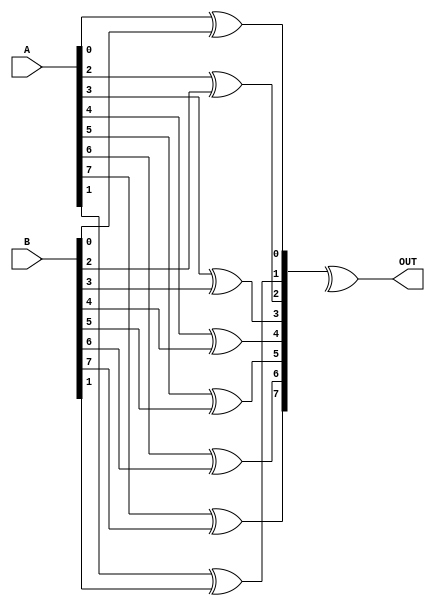
module carry_lookahead_subtractor(
    input wire [7:0] A,
    input wire [7:0] B,
    output wire [7:0] OUT
);

wire [7:0] Cin;
wire [8:0] G;
wire [8:0] P;
wire [8:0] C;

assign G[0] = A[0] & B[0];
assign P[0] = A[0] ^ B[0];
assign C[0] = Cin[0];

genvar i;
generate 
    for(i = 1; i < 8; i = i + 1) begin
        assign G[i] = A[i] & B[i];
        assign P[i] = A[i] ^ B[i];
        assign C[i] = G[i] | (P[i] & C[i-1]);
    end
endgenerate

assign G[8] = A[8] & B[8];
assign P[8] = A[8] ^ B[8];
assign C[8] = G[8] | (P[8] & C[7]);

assign OUT = P ^ Cin;

endmodule